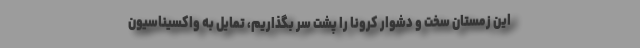
این زمستان سخت و دشوار کرونا را پشت سر بگذاریم، تمایل به واکسیناسیون